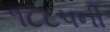
૧૮૮૫ની